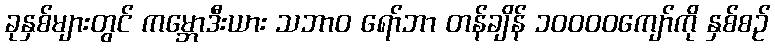
ခုနှစ်များတွင် ကမ္ဘောဒီးယား သဘာဝ ရော်ဘာ တန်ချိန် ၁၀၀၀၀ကျော်ကို နှစ်စဉ်